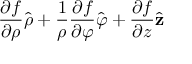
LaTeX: { \frac { \partial f } { \partial \rho } } { \hat { \boldsymbol { \rho } } } + { \frac { 1 } { \rho } } { \frac { \partial f } { \partial \varphi } } { \hat { \boldsymbol { \varphi } } } + { \frac { \partial f } { \partial z } } { \hat { \mathbf { z } } }